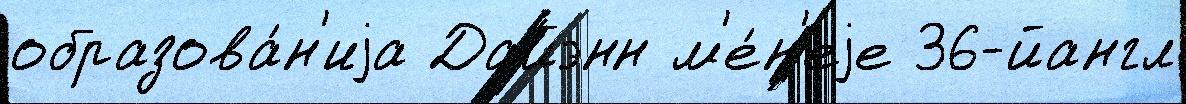
образова́н'иjа Дайэнн м'е́н'еjе 36-йангл